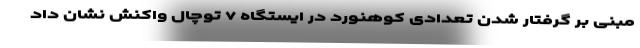
مبنی بر گرفتار شدن تعدادی کوهنورد در ایستگاه ۷ توچال واکنش نشان داد